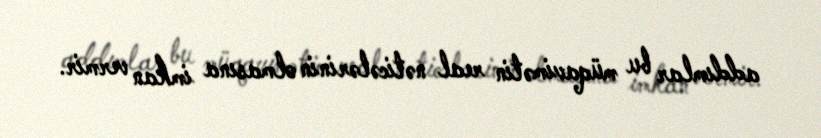
addımlar bu müqavimətin real nəticələrinin olmasına imkan vermir.